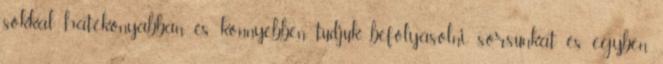
sokkal hatékonyabban és könnyebben tudjuk befolyásolni sorsunkat és egyben